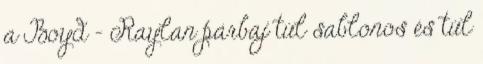
a Boyd – Raylan párbaj túl sablonos és túl